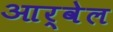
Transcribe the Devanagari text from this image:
आर्वेल